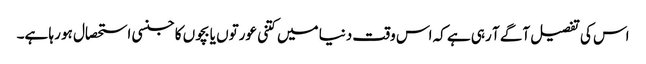
اس کی تفصیل آگے آ رہی ہے کہ اس وقت دنیا میں کتنی عورتوں یا بچوں کا جنسی استحصال ہو رہا ہے۔